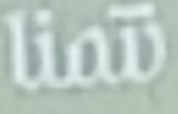
نتمنا